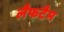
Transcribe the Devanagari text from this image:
लैफटैम